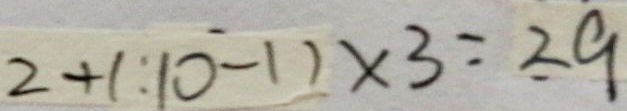
2 + ( : 1 0 - 1 ) \times 3 = 2 9